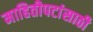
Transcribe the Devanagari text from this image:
माहितीपटांसाठी